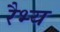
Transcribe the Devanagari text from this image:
रैभ्य